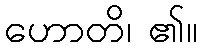
ဟောတိ၊ ၏။